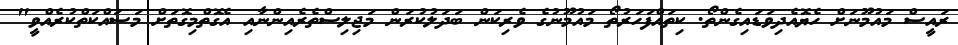
ރައީސް މައުމޫނަށް ހެޔޮއެދިވަޑައިގެންތޯ. ކިތައްފަހަރުތޯ މައުމޫނުގެ ވެރިކަން ބަދަލުކުރަން މަޖިލިސްތެރެއިންނާއި އެގޮތްމިގޮތަށް މަސައްކަތްކުރެއްވީ"